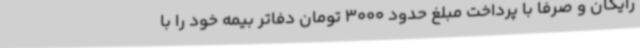
رایگان و صرفا با پرداخت مبلغ حدود 3000 تومان دفاتر بیمه خود را با